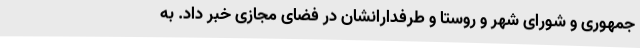
جمهوری و شورای شهر و روستا و طرفدارانشان در فضای مجازی خبر داد. به